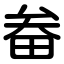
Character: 畚